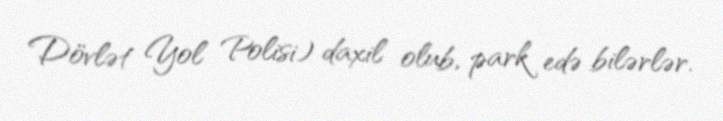
Dövlət Yol Polisi) daxil olub, park edə bilərlər.